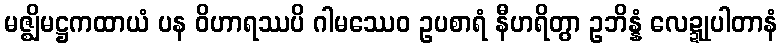
မဇ္ဈိမဋ္ဌကထာယံ ပန ဝိဟာရဿပိ ဂါမဿေဝ ဥပစာရံ နီဟရိတွာ ဥဘိန္နံ လေဍ္ဍုပါတာနံ